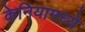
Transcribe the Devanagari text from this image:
केनियामध्ये